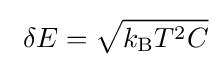
\ \delta E={\sqrt {k_{\text{B}}T^{2}C}}